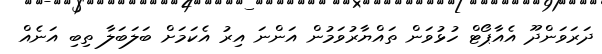
ދަރަވަންދޫ އެއާޕޯޓް ހުޅުވަން ތައްޔާރުވަމުން އަންނަ އިރު އެކަމަށް ބަލަބަލާ ތިބި އަނެއް